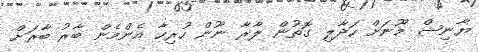
ޔާނިޝް މޫނަށް ހަދާލި ގޮތުން ލާރާ ނޫން ހުރިހާ އެންމެން ބާރު ބާރަށް